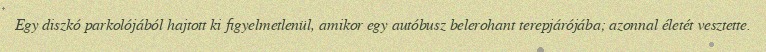
Egy diszkó parkolójából hajtott ki figyelmetlenül, amikor egy autóbusz belerohant terepjárójába; azonnal életét vesztette.